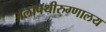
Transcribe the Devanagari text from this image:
ॲलोपॅथीरुग्णालय